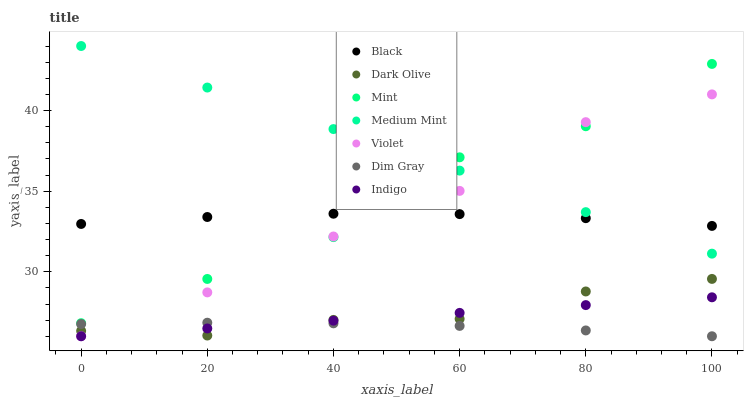
| xaxis_label | Black | Dark Olive | Mint | Medium Mint | Violet | Dim Gray | Indigo |
 | --- | --- | --- | --- | --- | --- | --- | --- |
 | 0 | 33 | 26.3 | 26.8 | 44 | 26 | 26.8 | 26 |
 | 20 | 33.4 | 26 | 29.6 | 41.4 | 28.7 | 26.8 | 26.5 |
 | 40 | 33.6 | 27 | 32.1 | 38.8 | 32.2 | 26.8 | 27 |
 | 60 | 33.6 | 27.1 | 37.1 | 36.3 | 35 | 26.6 | 27.4 |
 | 80 | 33.3 | 28.8 | 39 | 33.7 | 39.3 | 26.4 | 27.9 |
 | 100 | 32.8 | 29.6 | 42.9 | 31.1 | 41 | 26 | 28.4 |